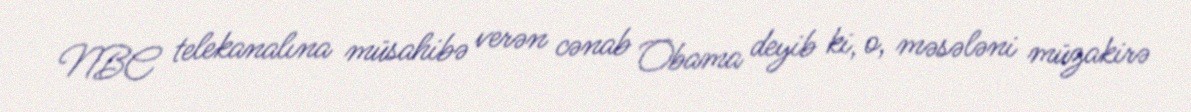
NBC telekanalına müsahibə verən cənab Obama deyib ki, o, məsələni müzakirə